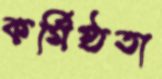
কর্মিষ্ঠতা